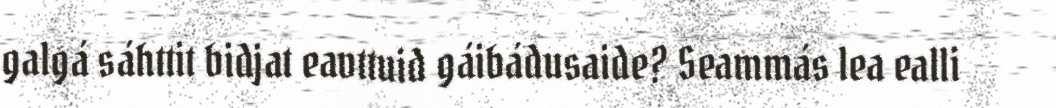
galgá sáhttit bidjat eavttuid gáibádusaide? Seammás lea ealli